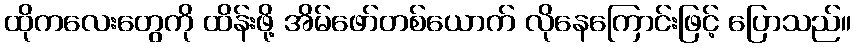
ထိုကလေးတွေကို ထိန်းဖို့ အိမ်ဖော်တစ်ယောက် လိုနေကြောင်းဖြင့် ပြောသည်။